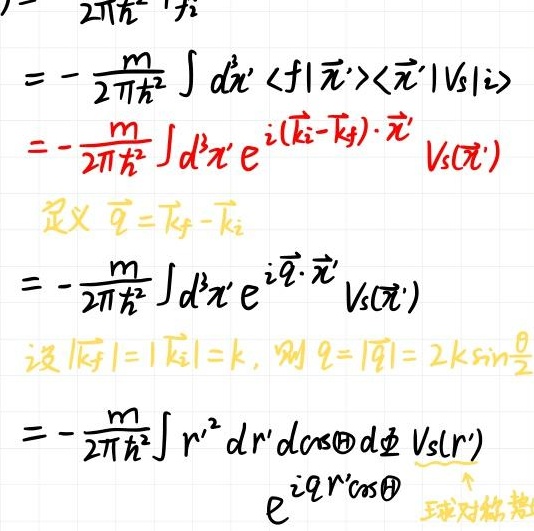
\[
\begin{align*}
&=-\frac{m}{2\pi\hbar^{2}}\int d^{3}x'\langle f|\vec{x}'\rangle\langle\vec{x}'|V_{s}|i\rangle\\
&=-\frac{m}{2\pi\hbar^{2}}\int d^{3}x'e^{i(\vec{k}_{i}-\vec{k}_{f})\cdot\vec{x}'}V_{s}(\vec{x}')\\
&\text{定义 }\vec{q}=\vec{k}_{f}-\vec{k}_{i}\\
&=-\frac{m}{2\pi\hbar^{2}}\int d^{3}x'e^{i\vec{q}\cdot\vec{x}'}V_{s}(\vec{x}')\\
&\text{设 }|\vec{k}_{f}| = |\vec{k}_{i}| = k,\text{ 则 }q = |\vec{q}| = 2k\sin\frac{\theta}{2}\\
&=-\frac{m}{2\pi\hbar^{2}}\int r'^{2}dr'd\cos\Theta d\Phi V_{s}(r')e^{iqr'\cos\Theta}
\end{align*}
\]